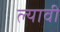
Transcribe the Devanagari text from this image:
ल्यावी